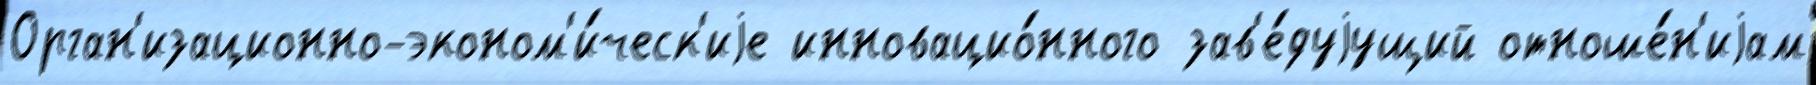
Орган'изационно-эконом'и́ческ'иjе инновацио́нного зав'е́дуjущий отноше́н'иjам